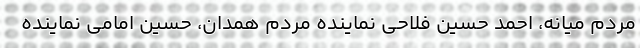
مردم میانه، احمد حسین فلاحی نماینده مردم همدان، حسین امامی نماینده